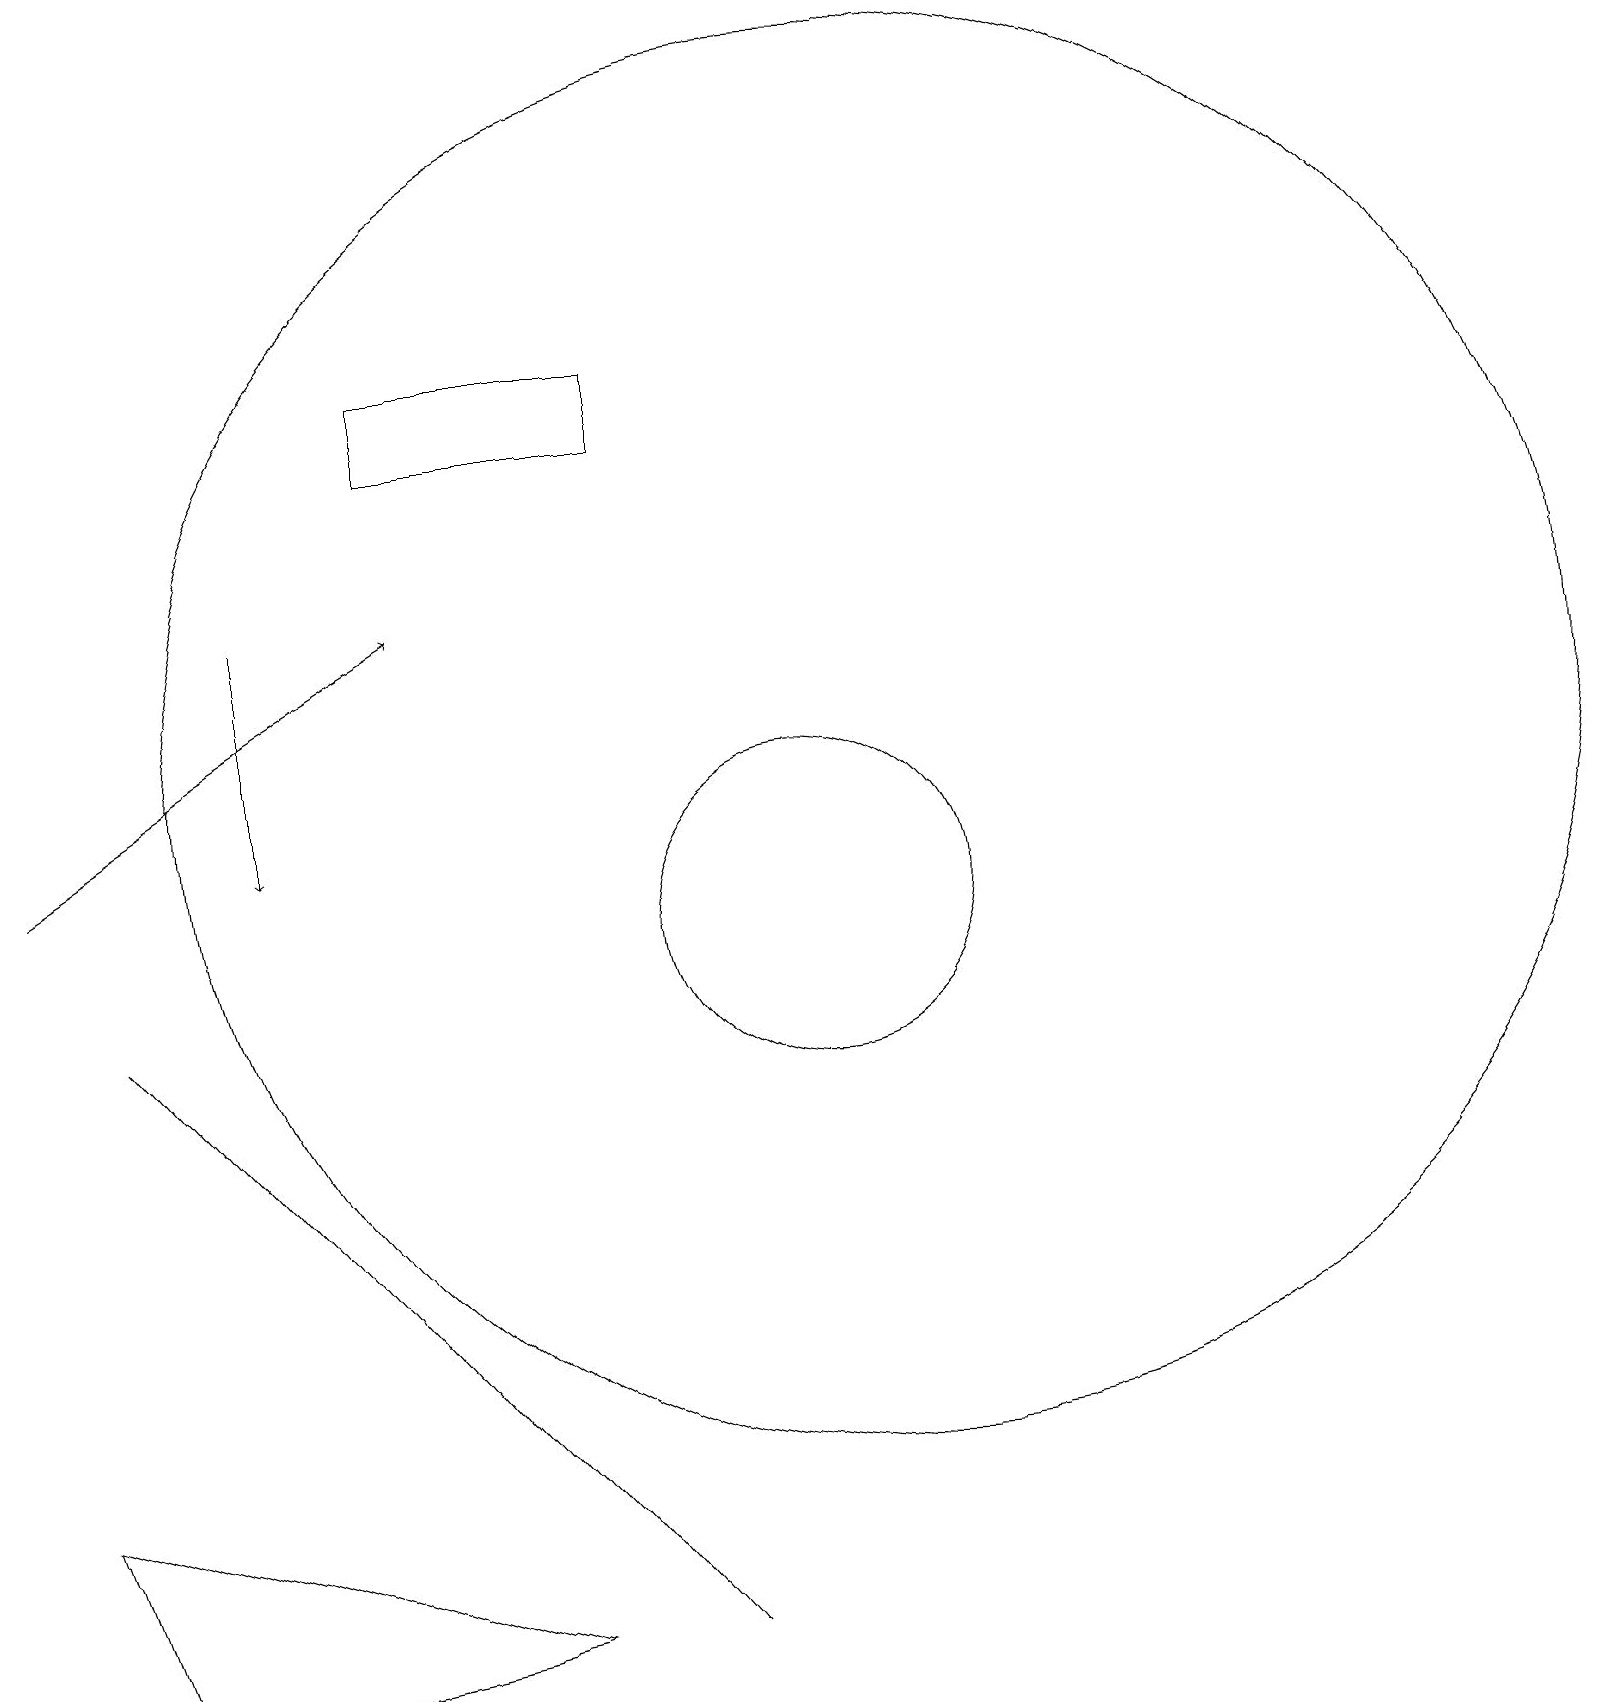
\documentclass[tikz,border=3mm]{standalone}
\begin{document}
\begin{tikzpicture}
\draw[->] (3,14) -- (3,11);
\draw (0,3) -- (1,0) -- (6,1) -- cycle;
\draw (8,1) -- (1,9) -- (8,1) -- cycle;
\draw (11,12) circle (9);
\draw (10,10) circle (2);
\draw[->] (0,11) -- (5,14);
\draw (8,16) rectangle (5,17);
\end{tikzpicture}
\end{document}